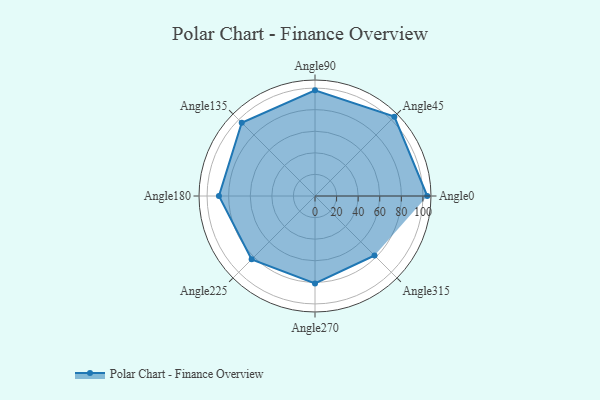
{"axis": {"x": "Angle", "y": "Radius"}, "legend": [""], "data": [{"x": "Angle0", "y": 104.0, "type": ""}, {"x": "Angle45", "y": 104.0, "type": ""}, {"x": "Angle90", "y": 98.0, "type": ""}, {"x": "Angle135", "y": 96.0, "type": ""}, {"x": "Angle180", "y": 89.0, "type": ""}, {"x": "Angle225", "y": 83.0, "type": ""}, {"x": "Angle270", "y": 81.0, "type": ""}, {"x": "Angle315", "y": 78.0, "type": ""}]}